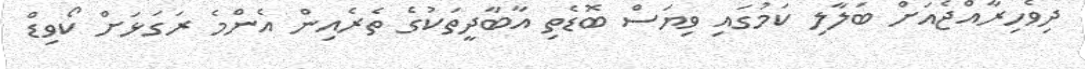
ދިވެހިރާއްޖެއަށް ބަލާލި ކަމުގައި ވިޔަސް ބޮޑެތި އާބާދީތަކުގެ ތެރެއިން އެންމެ ރަގަޅަށް ކޯވިޑް